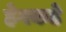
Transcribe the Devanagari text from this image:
हेगकडे